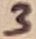
Text: 3